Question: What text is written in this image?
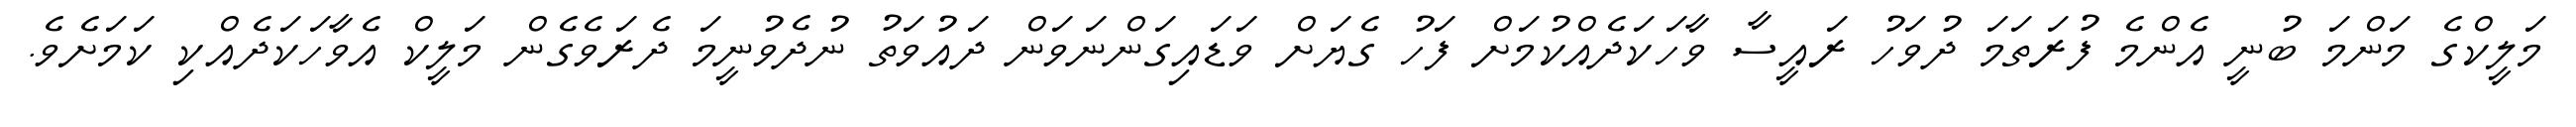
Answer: މަލީކްގެ މަންމަ ބުނީ އެންމެ ފުރަތަމަ ދުވަހު ރައީސާ ވާހަކަދެއްކުމަށް ފަހު ގެޔަށް ވަޑައިގަންނަވަން ދައުވަތު ނުދެވުނީމަ ދެރަވެގެން މަލީކް އެވާހަކަދެއްކި ކަމަށެވެ.